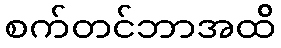
စက်တင်ဘာအထိ